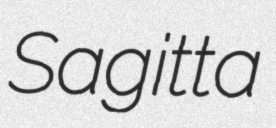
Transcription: Sagitta